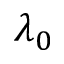
\lambda _ { 0 }